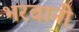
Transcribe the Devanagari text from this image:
भरवानी